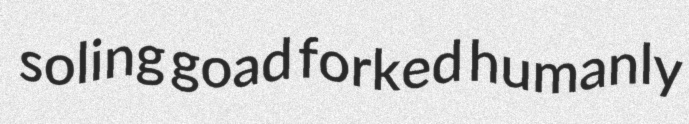
soling goad forked humanly